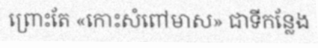
ព្រោះតែ «កោះសំពៅមាស» ជាទីកន្លែង